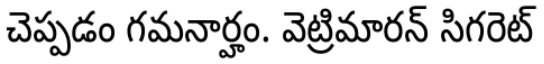
చెప్పడం గమనార్హం. వెట్రిమారన్ సిగరెట్